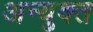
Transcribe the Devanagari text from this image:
अन्युक्त